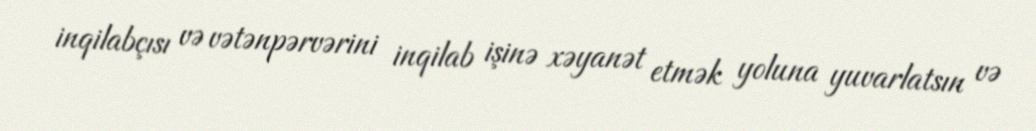
inqilabçısı və vətənpərvərini inqilab işinə xəyanət etmək yoluna yuvarlatsın və